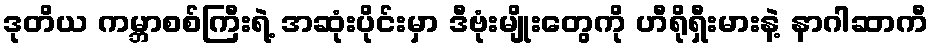
ဒုတိယ ကမ္ဘာစစ်ကြီးရဲ့ အဆုံးပိုင်းမှာ ဒီဗုံးမျိုးတွေကို ဟီရိုရှီးမားနဲ့ နာဂါဆာကီ